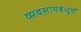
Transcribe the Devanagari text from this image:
व्यवसायबंधूचें